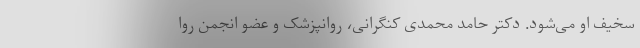
سخیف او می‌شود. دکتر حامد محمدی کنگرانی، روانپزشک و عضو انجمن روا